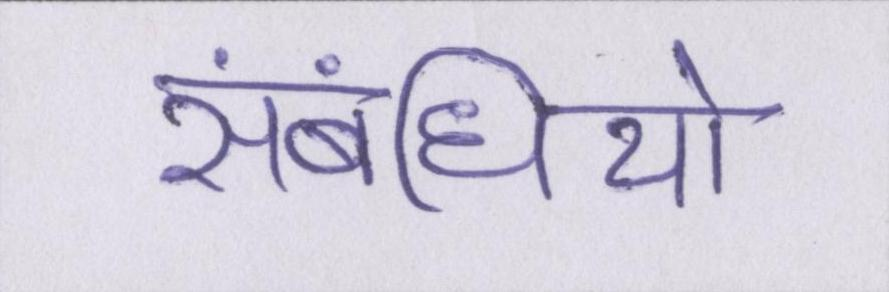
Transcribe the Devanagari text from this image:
संबंधियो